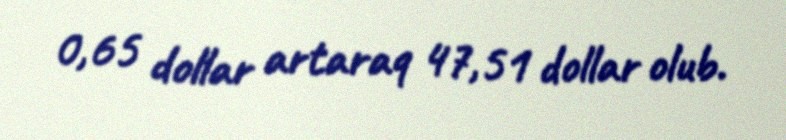
0,65 dollar artaraq 47,51 dollar olub.